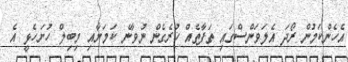
އެހެންކަމުން ރޯދަ އެލަވަންސްގައި ތަފާތެއް ހުރެގެން ނުވާނެ ކަމަށާއި މިބިލް ހުށަހެޅީ އެ